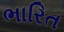
ભારિત